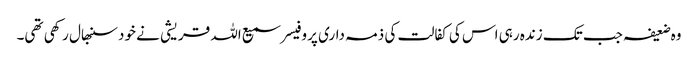
وہ ضعیفہ جب تک زندہ رہی اس کی کفالت کی ذمہ داری پروفیسر سمیع اللہ قریشی نے خود سنبھال رکھی تھی۔